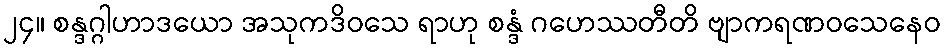
၂၄။ စန္ဒဂ္ဂါဟာဒယော အသုကဒိဝသေ ရာဟု စန္ဒံ ဂဟေဿတီတိ ဗျာကရဏဝသေနေဝ